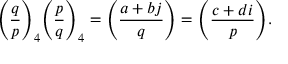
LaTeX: { \Bigg ( } { \frac { q } { p } } { \Bigg ) } _ { 4 } { \Bigg ( } { \frac { p } { q } } { \Bigg ) } _ { 4 } = { \Bigg ( } { \frac { a + b j } { q } } { \Bigg ) } = { \Bigg ( } { \frac { c + d i } { p } } { \Bigg ) } .